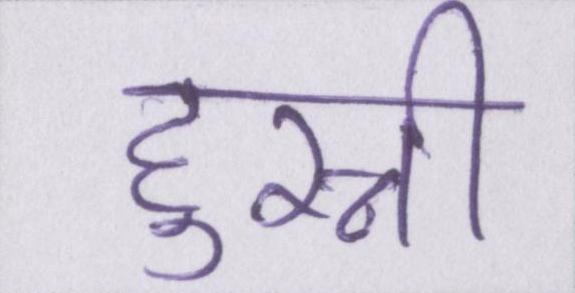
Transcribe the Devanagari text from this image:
हुस्नी